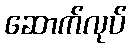
ဆောက်လုပ်